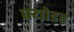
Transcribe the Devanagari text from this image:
फ्योडर